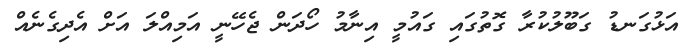
އަޅުގަނޑު ގަބޫލުކުރާ ގޮތުގައި ގައުމީ އިނާމު ހޯދަން ޖެހޭނީ އަމިއްލަ އަށް އެދިގެނެއް